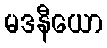
မဒနီယော